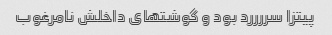
پیتزا سررررد بود و گوشتهای داخلش نامرغوب